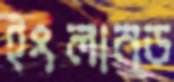
ইংলান্ড